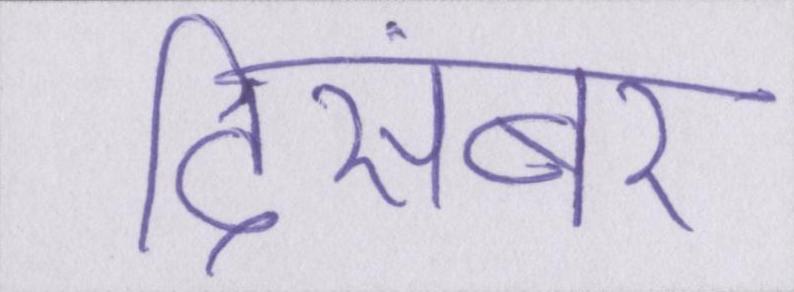
दिसंबर